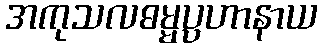
အကုသလဓမ္မပ္ပဟာနာယ